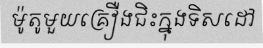
ម៉ូតូមួយគ្រឿងជិះក្នុងទិសដៅ